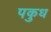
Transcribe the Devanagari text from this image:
पकुध